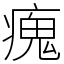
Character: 瘣